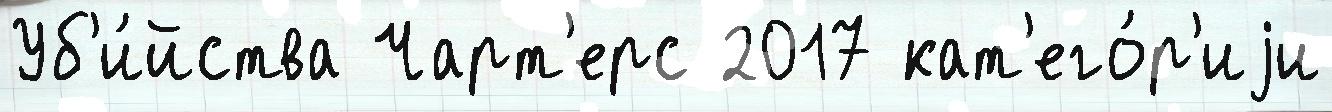
Уб'и́йства Чарт'ерс 2017 кат'его́р'иjи